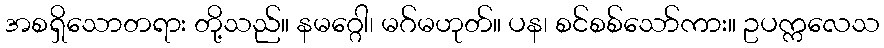
အစရှိသောတရား တို့သည်။ နမဂ္ဂေါ၊ မဂ်မဟုတ်။ ပန၊ စင်စစ်သော်ကား။ ဥပက္ကလေသ